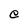
Character: e